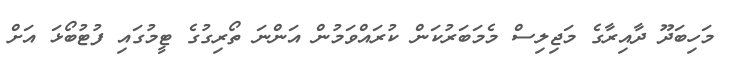
މަހިބަދޫ ދާއިރާގެ މަޖިލިސް މެމަބަރުކަން ކުރައްވަމުން އަންނަ ތޯރިގުގެ ޓީމުގައި ފުޓުބޯޅަ އަށް